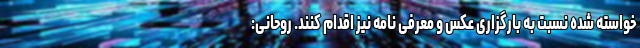
خواسته شده نسبت به بارگزاری عکس و معرفی نامه نیز اقدام کنند. روحانی: